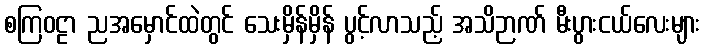
စကြဝဠာ ညအမှောင်ထဲတွင် သေးမှိန်မှိန် ပွင့်လာသည့် အသိဉာဏ် မီးပွားငယ်လေးများ